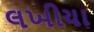
લખીયા